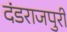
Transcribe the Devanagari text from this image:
दंडराजपुरी